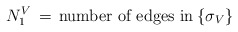
\begin{align*}N_1^V\,=\,\mbox{number of edges in}\:\{\sigma_V\}\end{align*}